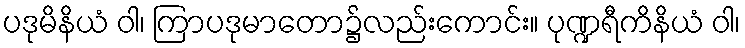
ပဒုမိနိယံ ဝါ၊ ကြာပဒုမာတော၌လည်းကောင်း။ ပုဏ္ဍရီကိနိယံ ဝါ၊